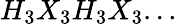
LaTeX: H_{3}X_{3}H_{3}X_{3}...